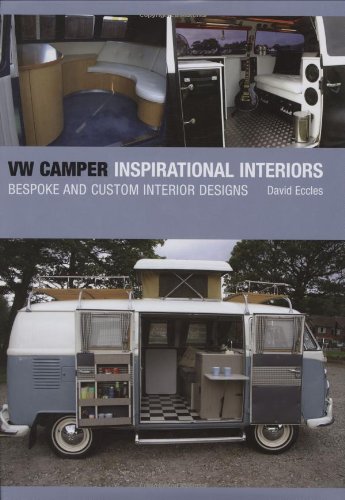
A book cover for VW Camper Inspirational Interiors: Bespoke and Custom Interior Designs; David Eccles; Engineering & Transportation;